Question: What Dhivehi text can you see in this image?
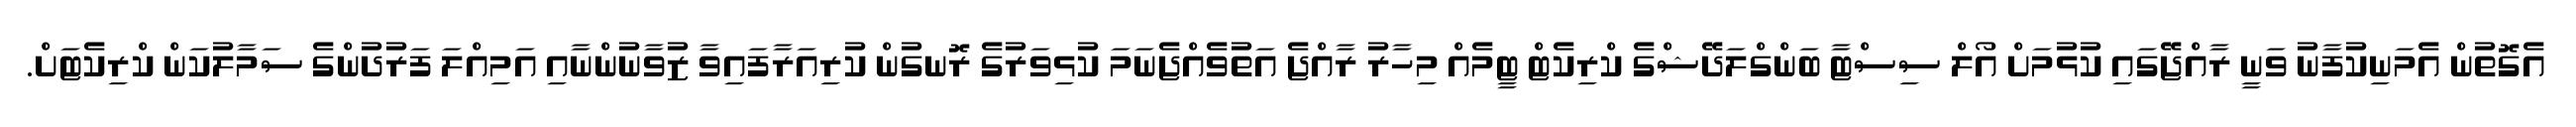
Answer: އެގޮތުން އެމަނިކުފާނު ވަނީ ރާއްޖޭގައި ކުޅުމަށް އޯލް ސިސްޓާ ބަންގްލަދޭޝްގެ ކްރިކެޓް ޓީމެއް މިހާރު ރާއްޖެ އަތުވެއްޖެނަމަ ކުޅިވަރުގެ ރޮނގުން ކުރިއަރާފައިވާ ޒުވާނުންނާއި އަމިއްލަ ފަރުދުންގެ ސަމާލުކަން ކްރިކެޓަށް.